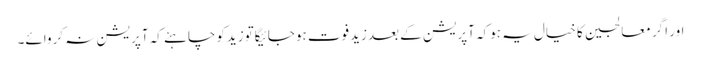
اور اگر معالجین کا خیال یہ ہوکہ آپریشن کے بعدزیدفوت ہوجائیگاتوزیدکوچاہئے کہ آپریشن نہ کروائے۔